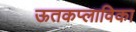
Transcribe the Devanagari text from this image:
ऊतकप्लाविका